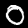
Digit: 0